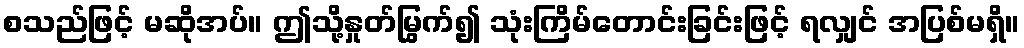
စသည်ဖြင့် မဆိုအပ်။ ဤသို့နှုတ်မြွက်၍ သုံးကြိမ်တောင်းခြင်းဖြင့် ရလျှင် အပြစ်မရှိ။